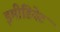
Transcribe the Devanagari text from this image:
इमीडियेट